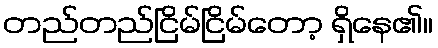
တည်တည်ငြိမ်ငြိမ်တော့ ရှိနေ၏။